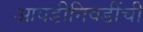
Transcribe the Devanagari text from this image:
आवडीनिवडींची